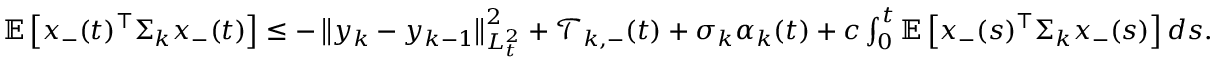
\begin{array} { r } { \mathbb E \left[ x _ { - } ( t ) ^ { \top } \Sigma _ { k } x _ { - } ( t ) \right] \leq - \left\| y _ { k } - y _ { k - 1 } \right\| _ { L _ { t } ^ { 2 } } ^ { 2 } + \mathcal T _ { k , - } ( t ) + \sigma _ { k } \alpha _ { k } ( t ) + c \int _ { 0 } ^ { t } \mathbb E \left[ x _ { - } ( s ) ^ { \top } \Sigma _ { k } x _ { - } ( s ) \right] d s . } \end{array}